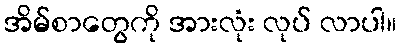
အိမ်စာတွေကို အားလုံး လုပ် လာပါ။